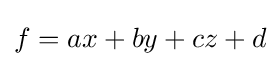
f=ax+by+cz+d